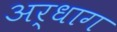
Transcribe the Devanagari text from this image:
अर्धाग